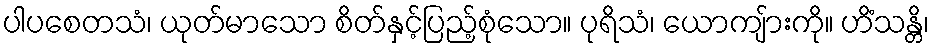
ပါပစေတသံ၊ ယုတ်မာသော စိတ်နှင့်ပြည့်စုံသော။ ပုရိသံ၊ ယောကျ်ားကို။ ဟိံသန္တိ၊